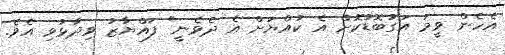
އެހެން ވީމަ އަގުބޮޑުކޮށް އެ ކުއްޔަށް އެ ދެވެނީ" ފައްޔާޒު ވިދާޅުވި އެވެ.